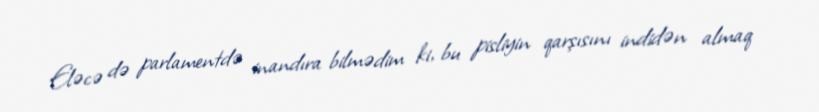
Eləcə də parlamentdə inandıra bilmədim ki, bu pisliyin qarşısını indidən almaq